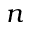
n